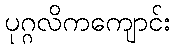
ပုဂ္ဂလိကကျောင်း